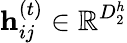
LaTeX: \mathbf{h}_{ij}^{(t)}\in\mathbb{R}^{D_{2}^{h}}